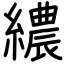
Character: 繷